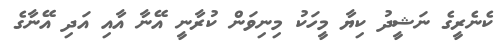
ކެނެރީގެ ނަޝީދު ކިޔާ މީހަކު މިނިވަން ކުރާނީ އޭނާ އާއި އަދި އޭނާގެ